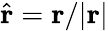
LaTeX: \hat{\mathbf{r}}=\mathbf{r}/|\mathbf{r}|